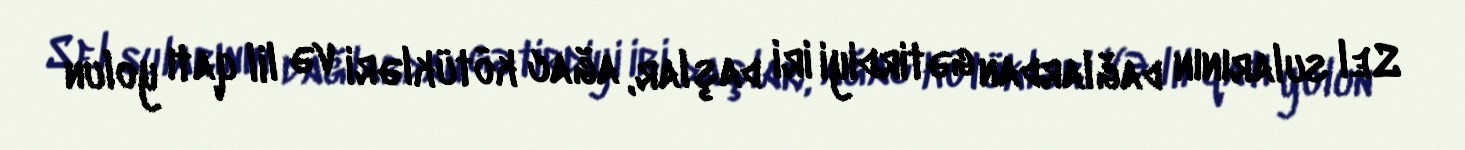
Sel sularının dağlardan gətirdiyi iri daşlar, ağac kötükləri və lil qatı yolun